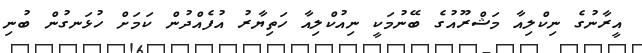
އީރާނުގެ ނިކްލިއާ މަޝްރޫއުގެ ބޭނުމަކީ ނިއުކްލިއާ ހަތިޔާރު އުފެއްދުން ކަމަށް ހުޅަނގުން ބުނި